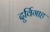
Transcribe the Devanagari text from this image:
दुर्विगाह